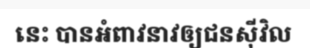
នេះ បានអំពាវនាវឲ្យជនស៊ីវិល